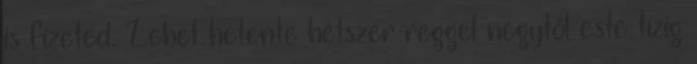
is fizeted. Lehet hetente hétszer reggel négytől este tízig